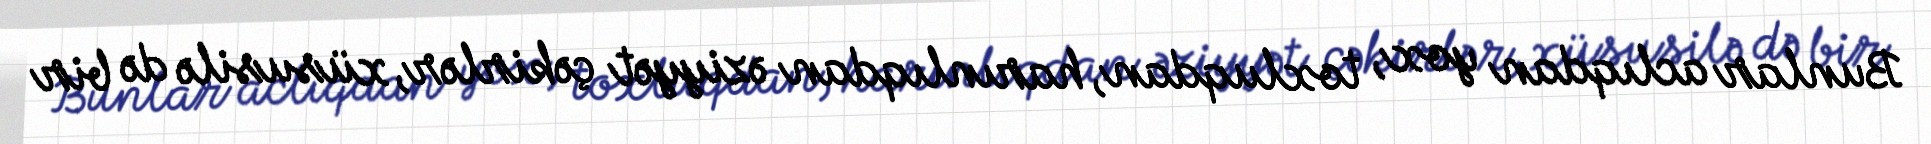
Bunlar aclıqdan yox, toxluqdan, harınlıqdan əziyyət çəkirlər, xüsusilə də bir